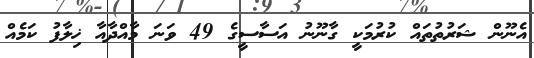
އެނޫން ޝަރުތުތައް ކުރުމަކީ ގާނޫނު އަސާސީގެ 49 ވަނަ މާއްދާއާ ޚިލާފު ކަމެއް